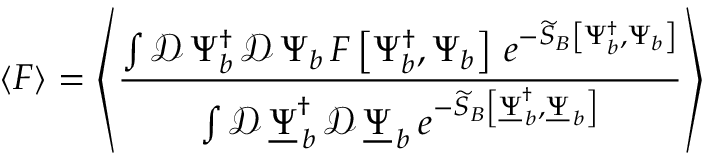
\left\langle F \right\rangle = \left\langle \frac { \int \mathcal { D } \, \Psi _ { b } ^ { \dagger } \, \mathcal { D } \, \Psi _ { b } \, F \left[ \Psi _ { b } ^ { \dagger } , \Psi _ { b } \right] \, e ^ { - \widetilde { S } _ { B } \left[ \Psi _ { b } ^ { \dagger } , \Psi _ { b } \right] } } { \int \mathcal { D } \, \underline { { \Psi } } _ { \, b } ^ { \dagger } \, \mathcal { D } \, \underline { { \Psi } } _ { \, b } \, e ^ { - \widetilde { S } _ { B } \left[ \underline { { \Psi } } _ { \, b } ^ { \dagger } , \underline { { \Psi } } _ { \, b } \right] } } \right\rangle